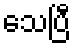
သေပြီ